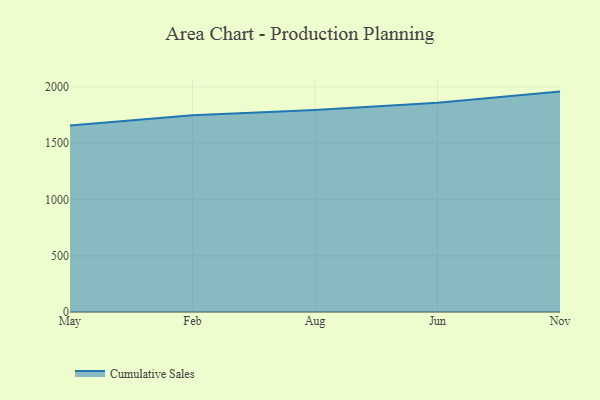
{"axis": {"x": "Month", "y": "Latency (ms)"}, "legend": ["Cumulative Sales"], "data": [{"x": "May", "y": 1657.3, "type": "Cumulative Sales"}, {"x": "Feb", "y": 1747.2, "type": "Cumulative Sales"}, {"x": "Aug", "y": 1794.4, "type": "Cumulative Sales"}, {"x": "Jun", "y": 1859.0, "type": "Cumulative Sales"}, {"x": "Nov", "y": 1957.3, "type": "Cumulative Sales"}]}